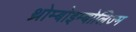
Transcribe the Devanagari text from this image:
थ्रोम्बोइम्बोलिज्म